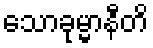
သောခုမ္မာနီတိ